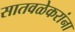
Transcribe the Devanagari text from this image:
सातवळेकरांना